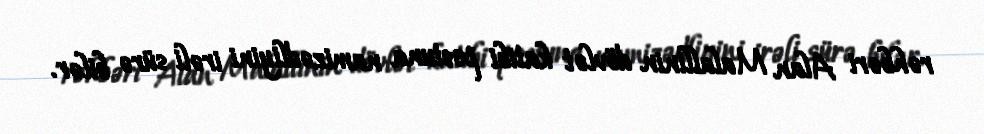
rəhbəri Alan Malallinin dövlət katibi postuna namizədliyini irəli sürə bilər.